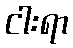
ငါးရာ